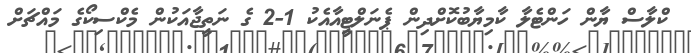
ކްލާސް ޔާން ހަންޓެލާ ކާމިޔާބުކޮށްދިން ޕެނަލްޓީއާއެކު 1-2 ގެ ނަތީޖާއަކުން މެކްސިކޯގެ މައްޗަށް